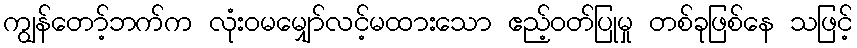
ကျွန်တော့်ဘက်က လုံးဝမမျှော်လင့်မထားသော ဧည့်ဝတ်ပြုမှု တစ်ခုဖြစ်နေ သဖြင့်